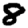
Digit: 8